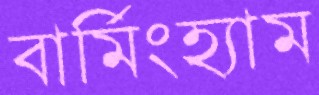
বার্মিংহ্যাম